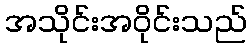
အသိုင်းအဝိုင်းသည်